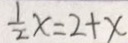
\frac { 1 } { 2 } x = 2 + x